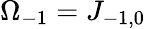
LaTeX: \Omega_{-1}=J_{-1,0}